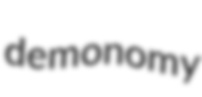
demonomy